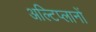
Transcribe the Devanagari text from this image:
अल्टिप्लानों